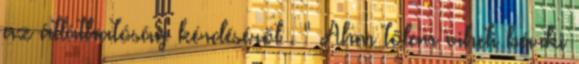
az átláthatóság kérdéséről . " Ahm tőlem viheti bárki